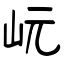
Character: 岏